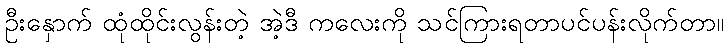
ဦးနှောက် ထုံထိုင်းလွန်းတဲ့ အဲ့ဒီ ကလေးကို သင်ကြားရတာပင်ပန်းလိုက်တာ။